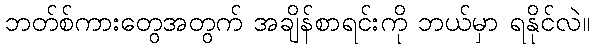
ဘတ်စ်ကားတွေအတွက် အချိန်စာရင်းကို ဘယ်မှာ ရနိုင်လဲ။